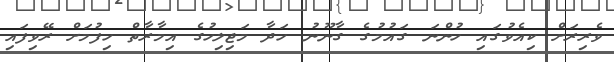
ވެރިރަށް ކިއެވުގައި ހުންނަ ގައުމުގެ ގާނޫނު ހަދާ މަޖިލިހުގެ އިމާރާތް ހިފުމަށް ރޭވިފައި